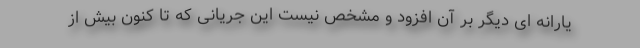
یارانه ای دیگر بر آن افزود و مشخص نیست این جریانی که تا کنون بیش از